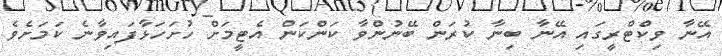
އޭނާ ވިކްޓްރީގައި އޭނާ ބިނާ ކުރަން ބޭނުންވާ ކަންކަން އެޓީމަށް ހުށަހަޅާފައިވާނެ ކަމަށެވެ